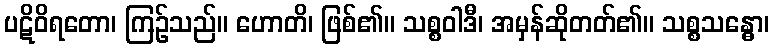
ပဋိဝိရတော၊ ကြဉ်သည်။ ဟောတိ၊ ဖြစ်၏။ သစ္စဝါဒီ၊ အမှန်ဆိုတတ်၏။ သစ္စသန္ဓော၊